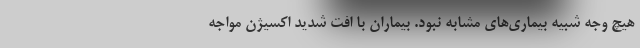
هیچ وجه شبیه بیماری‌های مشابه نبود. بیماران با افت شدید اکسیژن مواجه